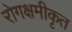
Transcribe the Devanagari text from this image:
रोगक्षमीकृत